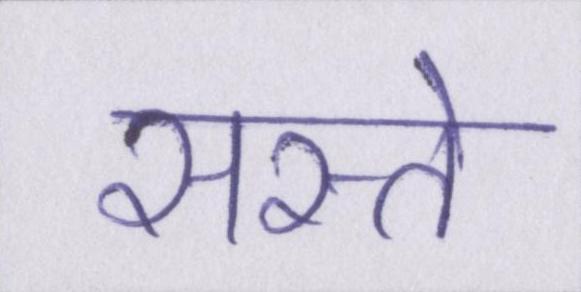
सस्ते